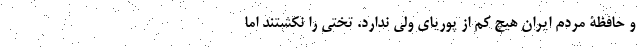
و حافظۀ مردم ایران هیچ کم از پوریای ولی ندارد. تختی را نکشتند اما